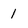
Character: 1